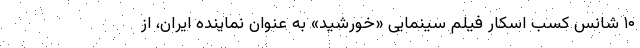
۱۰ شانس کسب اسکار فیلم سینمایی «خورشید» به عنوان نماینده ایران، از